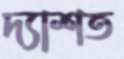
দ্যাশত